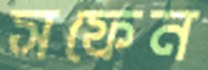
সফেন